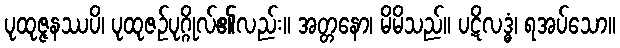
ပုထုဇ္ဇနဿပိ၊ ပုထုဇဉ်ပုဂ္ဂိုလ်၏လည်း။ အတ္တနော၊ မိမိသည်။ ပဋိလဒ္ဓံ၊ ရအပ်သော။